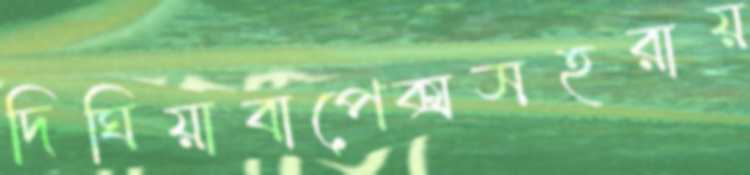
দিঘিয়াবাপেক্সসহরায়